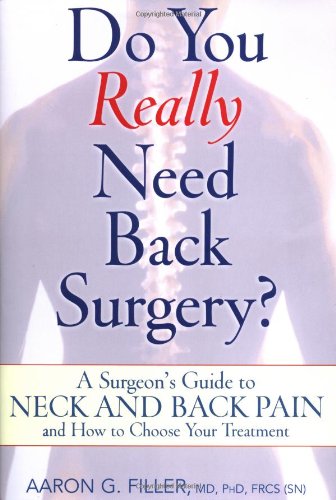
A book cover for Do You Really Need Back Surgery?: A Surgeon's Guide to Neck and Back Pain and How to Choose Your Treatment; Aaron G. Filler; Health, Fitness & Dieting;